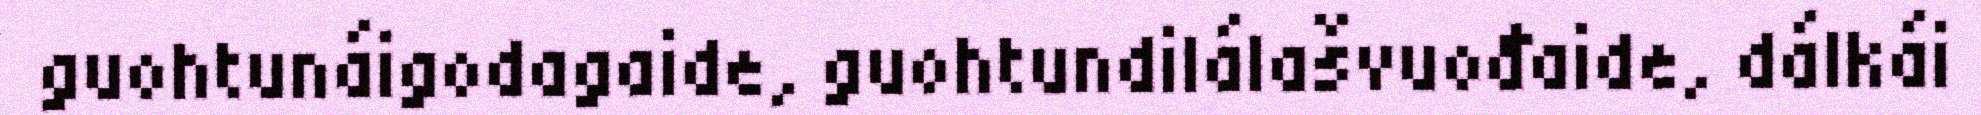
guohtunáigodagaide, guohtundilálašvuođaide, dálkái